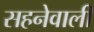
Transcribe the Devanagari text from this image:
सहनेवाली